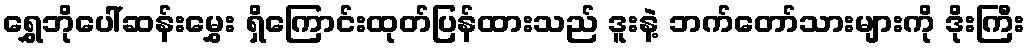
ရွှေဘိုပေါ်ဆန်းမွှေး ရှိကြောင်းထုတ်ပြန်ထားသည် ဒူးနဲ့ ဘက်တော်သားများကို ဒိုးကြီး